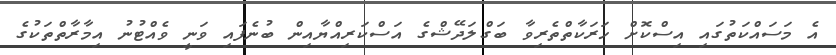
އެ މަސައްކަތުގައި އިސްކޮށް ހަރަކާތްތެރިވާ ބަގްލަދޭޝްގެ އަސްކަރިއްޔާއިން ބުނެފައި ވަނީ ވެއްޓުނު އިމާރާތްތަކުގެ